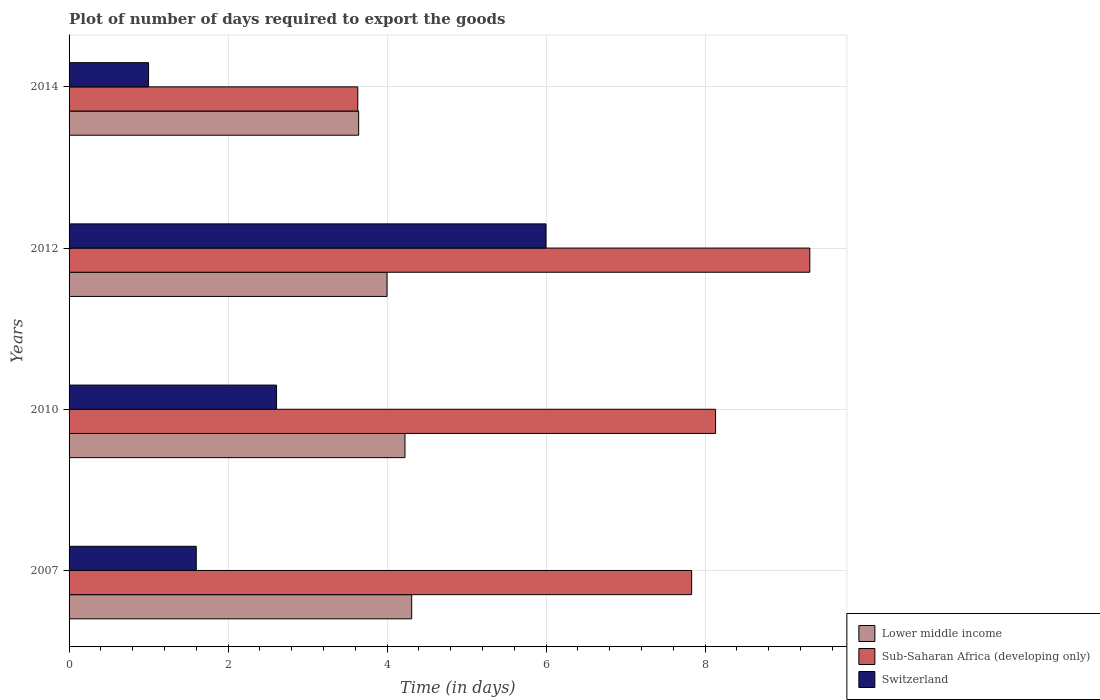
| Years | Lower middle income | Sub-Saharan Africa (developing only) | Switzerland |
 | --- | --- | --- | --- |
 | 2007 | 4.31 | 7.83 | 1.6 |
 | 2010 | 4.23 | 8.13 | 2.61 |
 | 2012 | 4 | 9.32 | 6 |
 | 2014 | 3.64 | 3.63 | 1 |